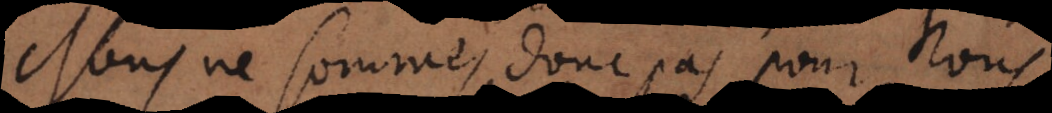
Nous ne sommes donc pas nés pour